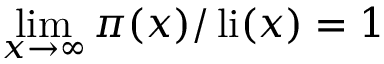
\operatorname* { l i m } _ { x \rightarrow \infty } \pi ( x ) / \operatorname { l i } ( x ) = 1